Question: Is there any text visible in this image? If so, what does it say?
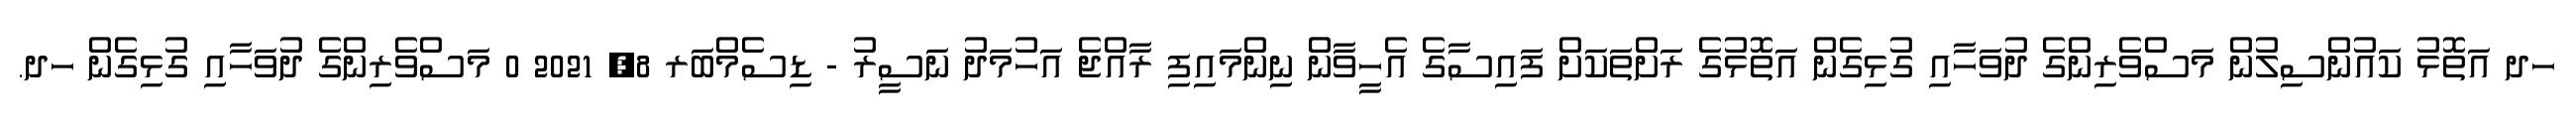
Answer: ހދ އަތޮޅު ކައުންސިލުން މަސްވެރިންގެ ދުވަހާއި ގުޅިގެން އަތޮޅުގެ ރަށްތަކަށް ފައިސާގެ އެހީވާން ނިންމައިފި ރާއްޖެ އަހުމަދު ނަސީރު - ޑިސެމްބަރ 8, 2021 0 މަސްވެރިންގެ ދުވަހާއި ގުޅިގެން ހދ.